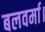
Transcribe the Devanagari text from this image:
बलवर्मा।